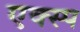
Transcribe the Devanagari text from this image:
एक्स्प